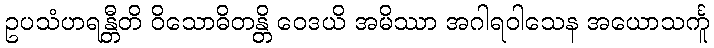
ဥပသံဟရန္တီတိ ဝိသောဓိတန္တိ ဝေဒယိ အမိဿာ အဂါရဝါသေန အယောသင်္ကူ